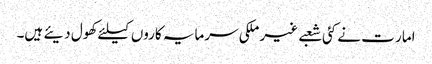
امار ت نے کئی شعبے غیر ملکی سرمایہ کاروں کیلئے کھول دیئے ہیں۔